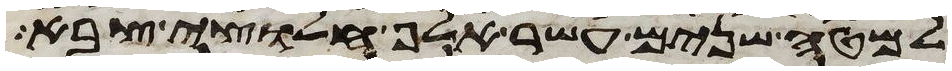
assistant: למטה שנים עשר אלף חלוצי צבא